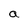
Character: a